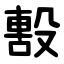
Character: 毄